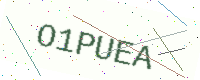
Text: O1PUEA